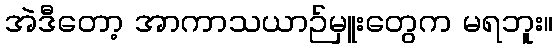
အဲဒီတော့ အာကာသယာဉ်မှူးတွေက မရဘူး။